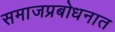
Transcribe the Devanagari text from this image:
समाजप्रबोधनात